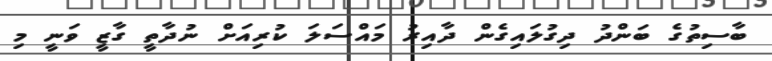
ބާސިތުގެ ބަންދު ދިގުލައިގެން ދާއިރު މައްސަލަ ކުރިއަށް ނުދާތީ ގާޒީ ވަނީ މި